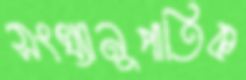
সংখ্যানুপাতিক